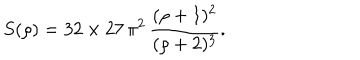
S ( \rho ) = 3 2 \times 2 7 \, \pi ^ { 2 } \, \frac { ( \rho + 1 ) ^ { 2 } } { ( \rho + 2 ) ^ { 3 } } .